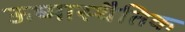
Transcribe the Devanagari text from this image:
ऊष्मास्थैतिक